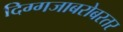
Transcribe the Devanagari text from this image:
दिग्गजाबरोबरतर